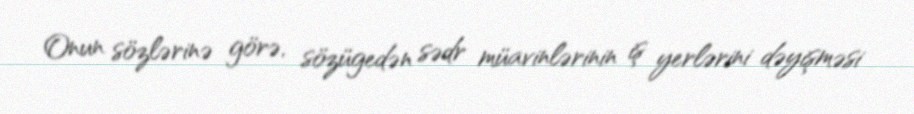
Onun sözlərinə görə, sözügedən sədr müavinlərinin iş yerlərini dəyişməsi